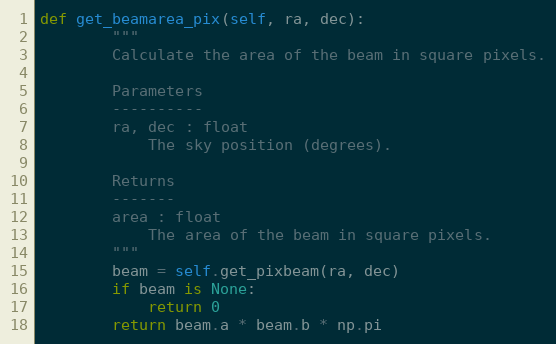
Language: Python
def get_beamarea_pix(self, ra, dec):
        """
        Calculate the area of the beam in square pixels.

        Parameters
        ----------
        ra, dec : float
            The sky position (degrees).

        Returns
        -------
        area : float
            The area of the beam in square pixels.
        """
        beam = self.get_pixbeam(ra, dec)
        if beam is None:
            return 0
        return beam.a * beam.b * np.pi